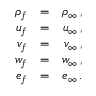
\begin{array} { r l r } { { \rho _ { f } } } & { { = } } & { { \rho _ { \infty } \, \mathrm { , } } } \\ { { u _ { f } } } & { { = } } & { { u _ { \infty } \, \mathrm { , } } } \\ { { v _ { f } } } & { { = } } & { { v _ { \infty } \, \mathrm { , } } } \\ { { w _ { f } } } & { { = } } & { { w _ { \infty } \, \mathrm { , } } } \\ { { e _ { f } } } & { { = } } & { { e _ { \infty } \, \mathrm { . } } } \end{array}